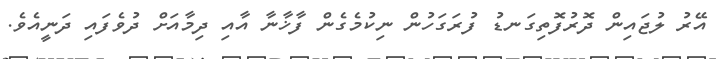
އޭރު ލުޖައިން ދޮރުފޮތިގަނޑު ފުރަގަހުން ނިކުމެގެން ފާޚާނާ އާއި ދިމާއަށް ދުވެފައި ދަނީއެވެ.